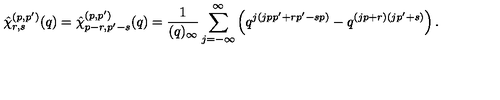
\hat { \chi } _ { r , s } ^ { ( p , p ^ { \prime } ) } ( q ) = \hat { \chi } _ { p - r , p ^ { \prime } - s } ^ { ( p , p ^ { \prime } ) } ( q ) = \frac { 1 } { ( q ) _ { \infty } } \sum _ { j = - \infty } ^ { \infty } \left( q ^ { j ( j p p ^ { \prime } + r p ^ { \prime } - s p ) } - q ^ { ( j p + r ) ( j p ^ { \prime } + s ) } \right) .